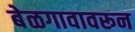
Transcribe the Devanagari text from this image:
बेळगावावरून